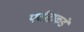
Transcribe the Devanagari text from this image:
पर्वताकडे